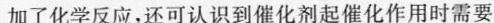
加了化学反应，还可认识到催化剂起催化作用时需要